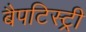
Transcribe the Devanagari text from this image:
बैपटिस्ट्री